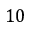
1 0